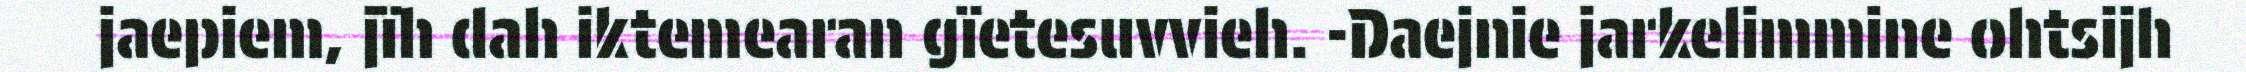
jaepiem, jïh dah iktemearan gïetesuvvieh. -Daejnie jarkelimmine ohtsijh